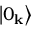
\left| 0 _ { \mathbf { k } } \right\rangle